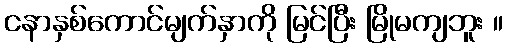
ငနာနှစ်ကောင်မျက်နှာကို မြင်ပြီး မြိုမကျဘူး ။